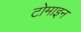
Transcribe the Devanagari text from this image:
टोमाइन